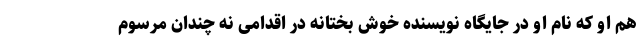
هم او که نام او در جایگاه نویسنده خوش بختانه در اقدامی نه چندان مرسوم